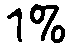
1%